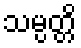
သမ္ပတ္တိ